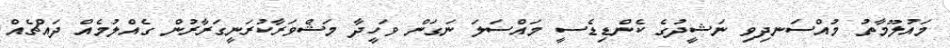
މައުލޫމާތު މުއްސަނދިވި ނަޝީދުގެ ކެންޑިޑެސީ މައްސަލަ ނަގަން ވަހީދާ މަޝްވަރާކުރަނީގަރާރުން ގެއްލުމެއް ދައްޗެއް